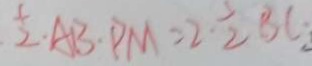
\frac { 1 } { 2 } A B \cdot P M = 2 \cdot \frac { 1 } { 2 } B C